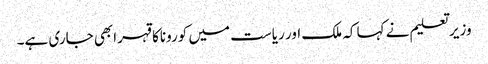
وزیر تعلیم نے کہا کہ ملک اور ریاست میں کوروناکا قہرابھی جاری ہے۔